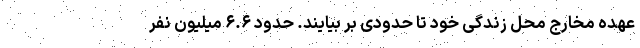
عهده مخارج محل زندگی خود تا حدودی بر بیایند. حدود ۶.۶ میلیون نفر